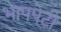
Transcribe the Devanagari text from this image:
भापपेटी